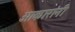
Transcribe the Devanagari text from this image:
आकारांनी